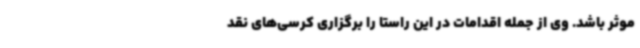
موثر باشد. وی از جمله اقدامات در این راستا را برگزاری کرسی‌های نقد